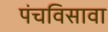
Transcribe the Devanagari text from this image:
पंचविसावा